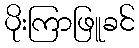
ပိုးကြာဖြူခင်